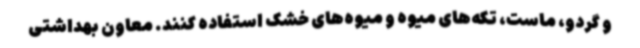
و گردو، ماست، تکه‌های میوه و میوه‌های خشک استفاده کنند. معاون بهداشتی